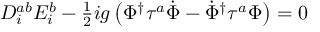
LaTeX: D _ { i } ^ { a b } E _ { i } ^ { b } - { \textstyle { \frac { 1 } { 2 } } } i g \left( \Phi ^ { \dagger } \tau ^ { a } \dot { \Phi } - \dot { \Phi } ^ { \dagger } \tau ^ { a } \Phi \right) = 0